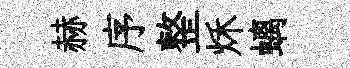
赫序整秌螭